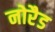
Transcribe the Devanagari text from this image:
नोरैड